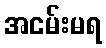
အငမ်းမရ